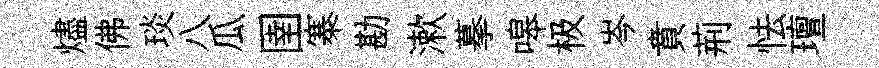
燼佛琰八瓜圉寨勘漱摹嗥极岑賁荊怯璮